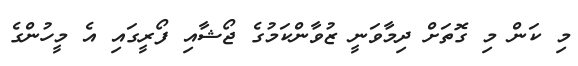
މި ކަން މި ގޮތަށް ދިމާވަނީ ޒުވާންކަމުގެ ޖޯޝާއި ފޯރީގައި އެ މީހުންގެ